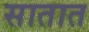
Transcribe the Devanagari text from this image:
सातात